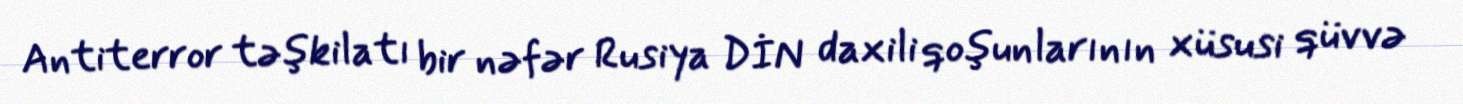
Antiterror təşkilatı bir nəfər Rusiya DİN daxili qoşunlarının xüsusi qüvvə